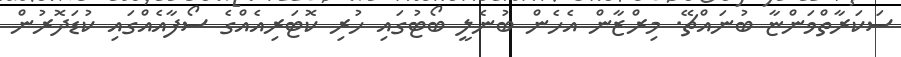
ސަކަރާތްވަންޏާ ބުނައްޗޭ. މިރްޒާން އެހެން ބުނެލީ ބޯޓުގައި ހުރި ކޮޓަރިއެއްގެ ސޯފާއެއްގައި ކުޑަދޮރުން